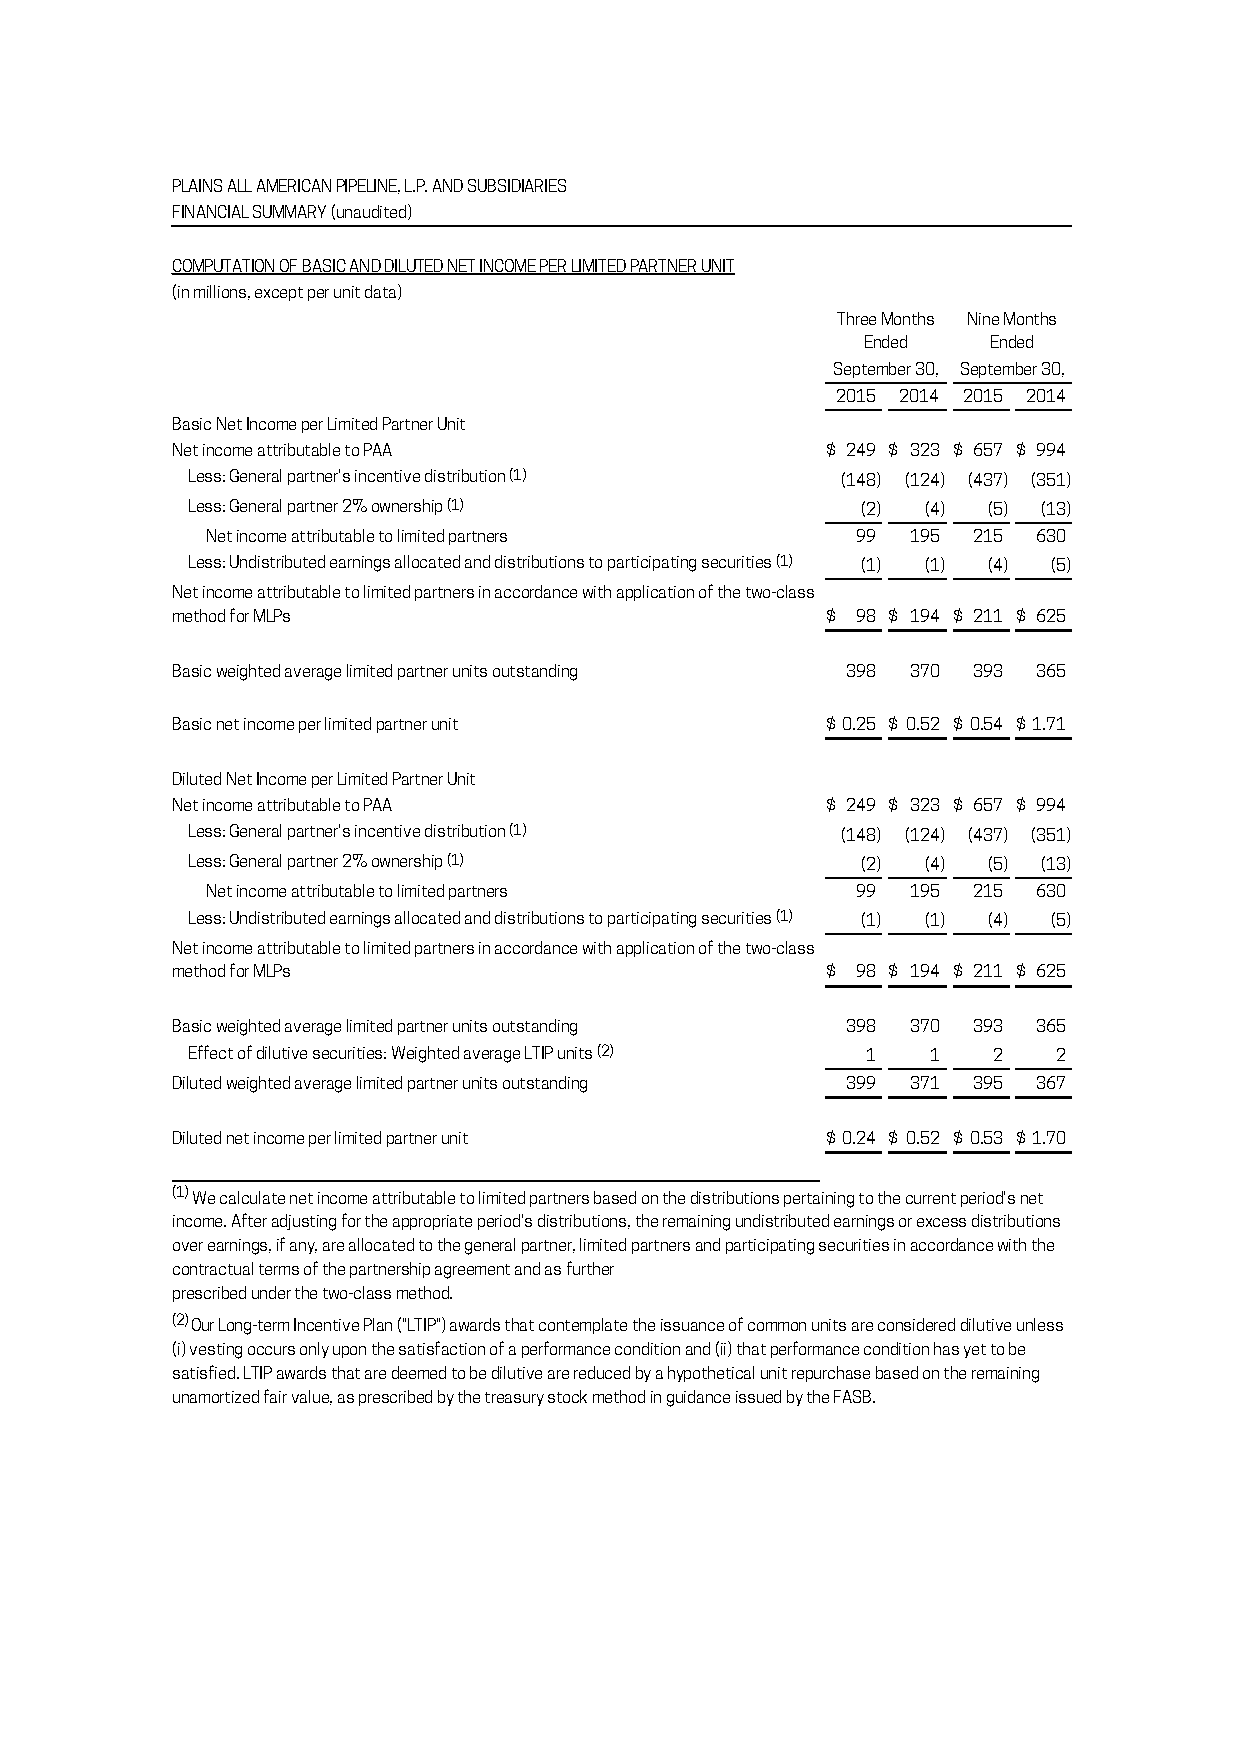
PLAINS ALL AMERICAN PIPELINE, L.P. AND SUBSIDIARIES
 FINANCIAL SUMMARY (unaudited)
 COMPUTATION OF BASIC AND DILUTED NET INCOME PER LIMITED PARTNER UNIT
 (in millions, except per unit data)
 Three Months Nine Months
 Ended    Ended
 September 30, September 30,
 2015 2014 2015 2014
 Basic Net Income per Limited Partner Unit
 Net income attributable to PAA              $ 249 $ 323 $ 657 $ 994
 Less: General partner's incentive distribution (1) (148) (124) (437) (351)
 Less: General partner 2% ownership (1)       (2) (4) (5) (13)
 Net income attributable to limited partners 99 195 215 630
 Less: Undistributed earnings allocated and distributions to participating securities (1) (1) (1) (4) (5)
 Net income attributable to limited partners in accordance with application of the two-class
 method for MLPs                             $ 98 $ 194 $ 211 $ 625
 Basic weighted average limited partner units outstanding 398 370 393 365
 Basic net income per limited partner unit   $ 0.25 $ 0.52 $ 0.54 $ 1.71
 Diluted Net Income per Limited Partner Unit
 Net income attributable to PAA              $ 249 $ 323 $ 657 $ 994
 Less: General partner's incentive distribution (1) (148) (124) (437) (351)
 Less: General partner 2% ownership (1)       (2) (4) (5) (13)
 Net income attributable to limited partners 99 195 215 630
 Less: Undistributed earnings allocated and distributions to participating securities (1) (1) (1) (4) (5)
 Net income attributable to limited partners in accordance with application of the two-class
 method for MLPs                             $ 98 $ 194 $ 211 $ 625
 Basic weighted average limited partner units outstanding 398 370 393 365
 Effect of dilutive securities: Weighted average LTIP units (2) 1 1 2 2
 Diluted weighted average limited partner units outstanding 399 371 395 367
 Diluted net income per limited partner unit $ 0.24 $ 0.52 $ 0.53 $ 1.70
 (1) We calculate net income attributable to limited partners based on the distributions pertaining to the current period's net
 income. After adjusting for the appropriate period's distributions, the remaining undistributed earnings or excess distributions
 over earnings, if any, are allocated to the general partner, limited partners and participating securities in accordance with the
 contractual terms of the partnership agreement and as further
 prescribed under the two-class method.
 (2) Our Long-term Incentive Plan ("LTIP") awards that contemplate the issuance of common units are considered dilutive unless
 (i) vesting occurs only upon the satisfaction of a performance condition and (ii) that performance condition has yet to be
 satisfied. LTIP awards that are deemed to be dilutive are reduced by a hypothetical unit repurchase based on the remaining
 unamortized fair value, as prescribed by the treasury stock method in guidance issued by the FASB.